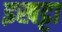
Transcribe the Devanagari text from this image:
इखट्टा